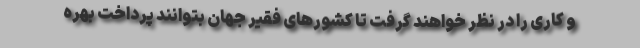
و کاری را در نظر خواهند گرفت تا کشورهای فقیر جهان بتوانند پرداخت بهره